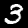
Label: 3